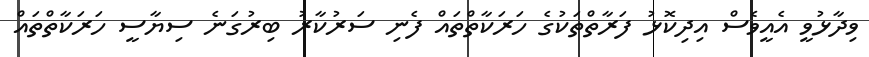
ވިދާޅުވީ އެއީވެސް އިދިކޮޅު ފަރާތްތަކުގެ ހަރަކާތްތައް ފެނި ސަރުކާރު ބިރުގަނެ ސިޔާސީ ހަރަކާތްތައް